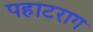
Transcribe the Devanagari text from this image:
पहाटराग